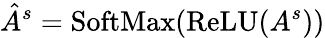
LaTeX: \hat{A}^{s}=\operatorname{SoftMax}(\operatorname{ReLU}(A^{s}))